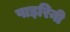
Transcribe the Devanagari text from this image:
पाइरिनी